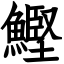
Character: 鰹